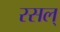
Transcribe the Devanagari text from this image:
रसल्